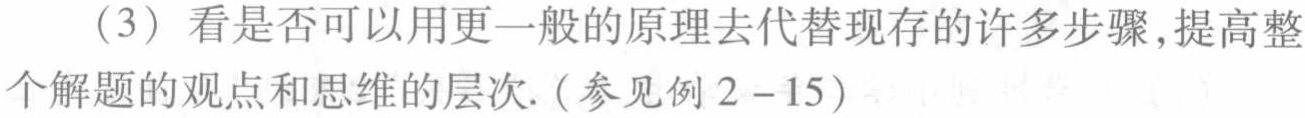
（3）看是否可以用更一般的原理去代替现存的许多步骤,提高整个解题的观点和思维的层次.（参见例2 - 15）